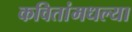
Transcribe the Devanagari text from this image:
कवितांमधल्या